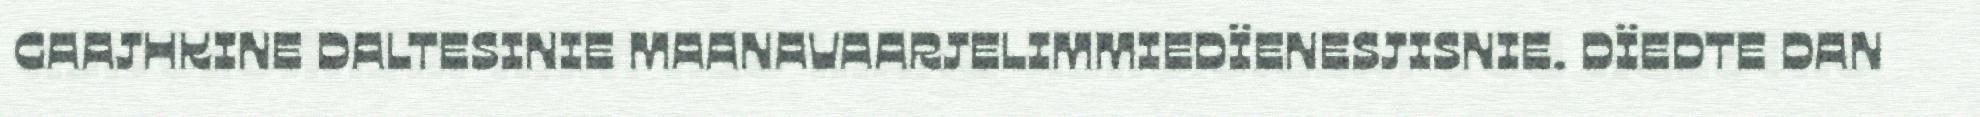
GAAJHKINE DALTESINIE MAANAVAARJELIMMIEDÏENESJISNIE. DÏEDTE DAN